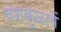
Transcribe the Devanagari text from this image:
वंशकुळाचें